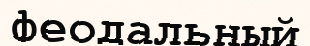
феодальный